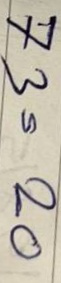
73 = 20